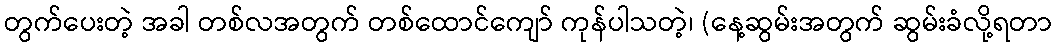
တွက်ပေးတဲ့ အခါ တစ်လအတွက် တစ်ထောင်ကျော် ကုန်ပါသတဲ့၊ (နေ့ဆွမ်းအတွက် ဆွမ်းခံလို့ရတာ